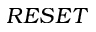
R E S E T